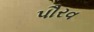
પૌરવ